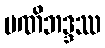
မဏိဘဒ္ဒဿ